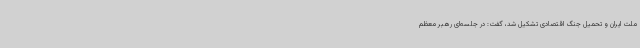
ملت ایران و تحمیل جنگ اقتصادی تشکیل شد، گفت: در جلسه‌ای رهبر معظم